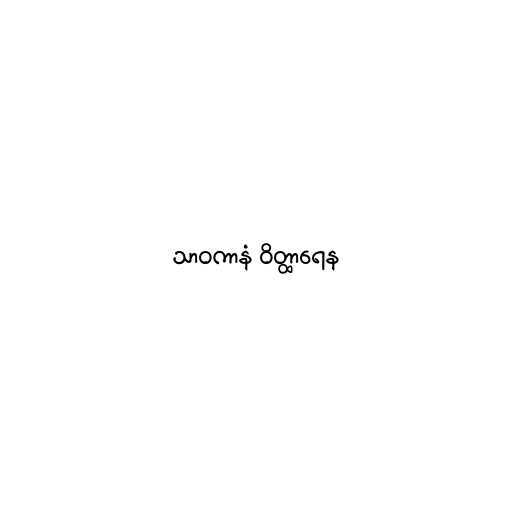
သာဝကာနံ ဝိတ္ထာရေန